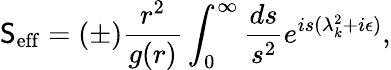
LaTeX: \mathsf{S}_{\mathrm{{eff}}}=(\pm){\frac{{r^{2}}}{{g(r)}}}\int_{0}^{\infty}{\frac{{ds}}{{s^{2}}}}e^{is(\lambda_{k}^{2}+i\epsilon)},